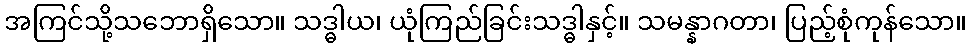
အကြင်သို့သဘောရှိသော။ သဒ္ဓါယ၊ ယုံကြည်ခြင်းသဒ္ဓါနှင့်။ သမန္နာဂတာ၊ ပြည့်စုံကုန်သော။